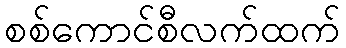
စစ်ကောင်စီလက်ထက်